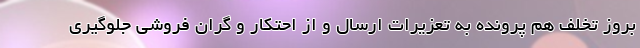
بروز تخلف هم پرونده به تعزیرات ارسال و از احتکار و گران فروشی جلوگیری